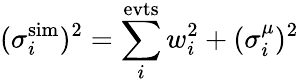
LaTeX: (\sigma_{i}^{\mathrm{sim}})^{2}=\sum_{i}^{\mathrm{evts}}w_{i}^{2}+(\sigma_{i}^{\mu})^{2}